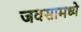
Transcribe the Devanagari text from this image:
जवसामध्ये